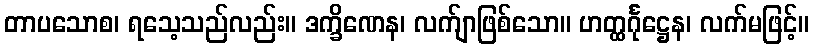
တာပသောစ၊ ရသေ့သည်လည်း။ ဒက္ခိဏေန၊ လက်ျာဖြစ်သော။ ဟတ္ထင်္ဂုဋ္ဌေန၊ လက်မဖြင့်။